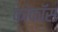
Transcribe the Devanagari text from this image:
कोकॉस